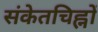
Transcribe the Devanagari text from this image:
संकेतचिह्नों